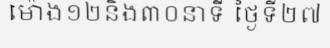
ម៉ោង១២និង៣០នាទី ថ្ងៃទី២៧